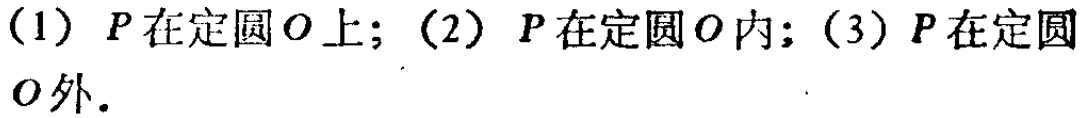
(1) \(P\)在定圆\(O\)上；(2) \(P\)在定圆\(O\)内；(3) \(P\)在定圆\(O\)外.